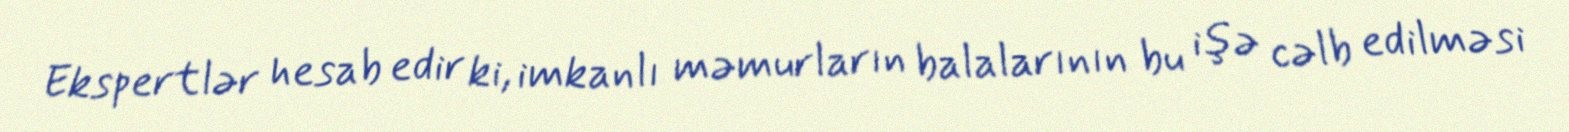
Ekspertlər hesab edir ki, imkanlı məmurların balalarının bu işə cəlb edilməsi